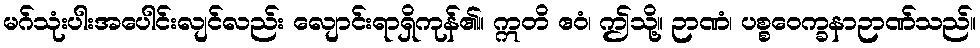
မဂ်သုံးပါးအပေါင်းလျင်လည်း လျောင်းရာရှိကုန်၏။ ဣတိ ဧဝံ၊ ဤသို့။ ဉာဏံ၊ ပစ္စဝေက္ခနာဉာဏ်သည်။